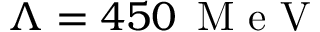
\Lambda = 4 5 0 \, \mathrm { ~ M ~ e ~ V ~ }